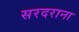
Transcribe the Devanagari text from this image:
सरदराना